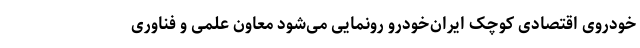
خودروی اقتصادی کوچک ایران‌خودرو رونمایی می‌شود معاون علمی و فناوری